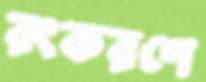
রংকরণে